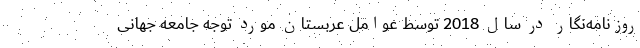
روزنامه‌نگار در سال 2018 توسط عوامل عربستان مورد توجه جامعه جهانی